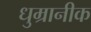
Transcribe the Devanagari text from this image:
धुम्रानीक